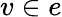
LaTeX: v\in e